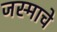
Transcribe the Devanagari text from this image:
जस्माचे